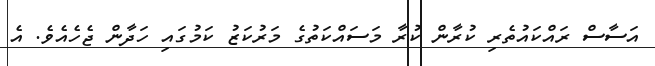
އަސާސް ރައްކައުތެރި ކުރާން ކުރާ މަސައްކަތުގެ މަރުކަޒު ކަމުގައި ހަދާން ޖެހެއެވެ. އެ